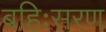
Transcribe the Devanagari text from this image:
बहिःसरण